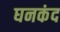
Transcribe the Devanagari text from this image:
घनकंद